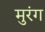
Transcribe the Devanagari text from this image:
मुरंग